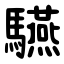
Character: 驠